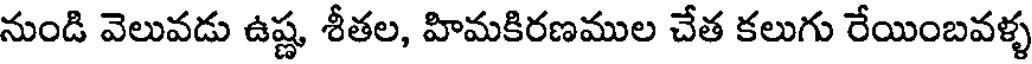
నుండి వెలువడు ఉష్ణ శీతల, హిమకిరణముల చేత కలుగు రేయింబవళ్ళ